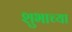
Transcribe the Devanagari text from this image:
शुभाच्या